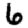
Digit: 6